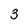
Character: 3